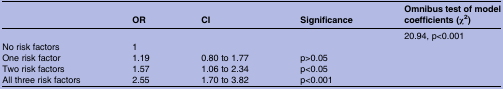
<table><thead><tr><td></td><td><b>OR</b></td><td><b>CI</b></td><td><b>Significance</b></td><td><b>Omnibus test of model coefficients (χ<sup>2</sup>)</b></td></tr></thead><tbody><tr><td></td><td></td><td></td><td></td><td>20.94, p&lt;0.001</td></tr><tr><td>No risk factors</td><td>1</td><td></td><td></td><td></td></tr><tr><td>One risk factor</td><td>1.19</td><td>0.80 to 1.77</td><td>p&gt;0.05</td><td></td></tr><tr><td>Two risk factors</td><td>1.57</td><td>1.06 to 2.34</td><td>p&lt;0.05</td><td></td></tr><tr><td>All three risk factors</td><td>2.55</td><td>1.70 to 3.82</td><td>p&lt;0.001</td><td></td></tr></tbody></table>